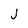
Character: j